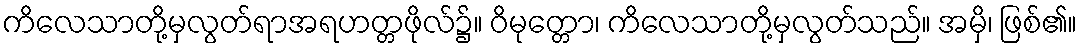
ကိလေသာတို့မှလွတ်ရာအရဟတ္တဖိုလ်၌။ ဝိမုတ္တော၊ ကိလေသာတို့မှလွတ်သည်။ အမှိ၊ ဖြစ်၏။